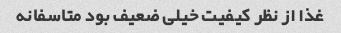
غذا از نظر کیفیت خیلی ضعیف بود متاسفانه